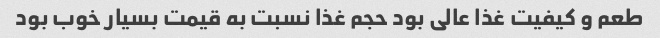
طعم و کیفیت غذا عالی بود حجم غذا نسبت به قیمت بسیار خوب بود